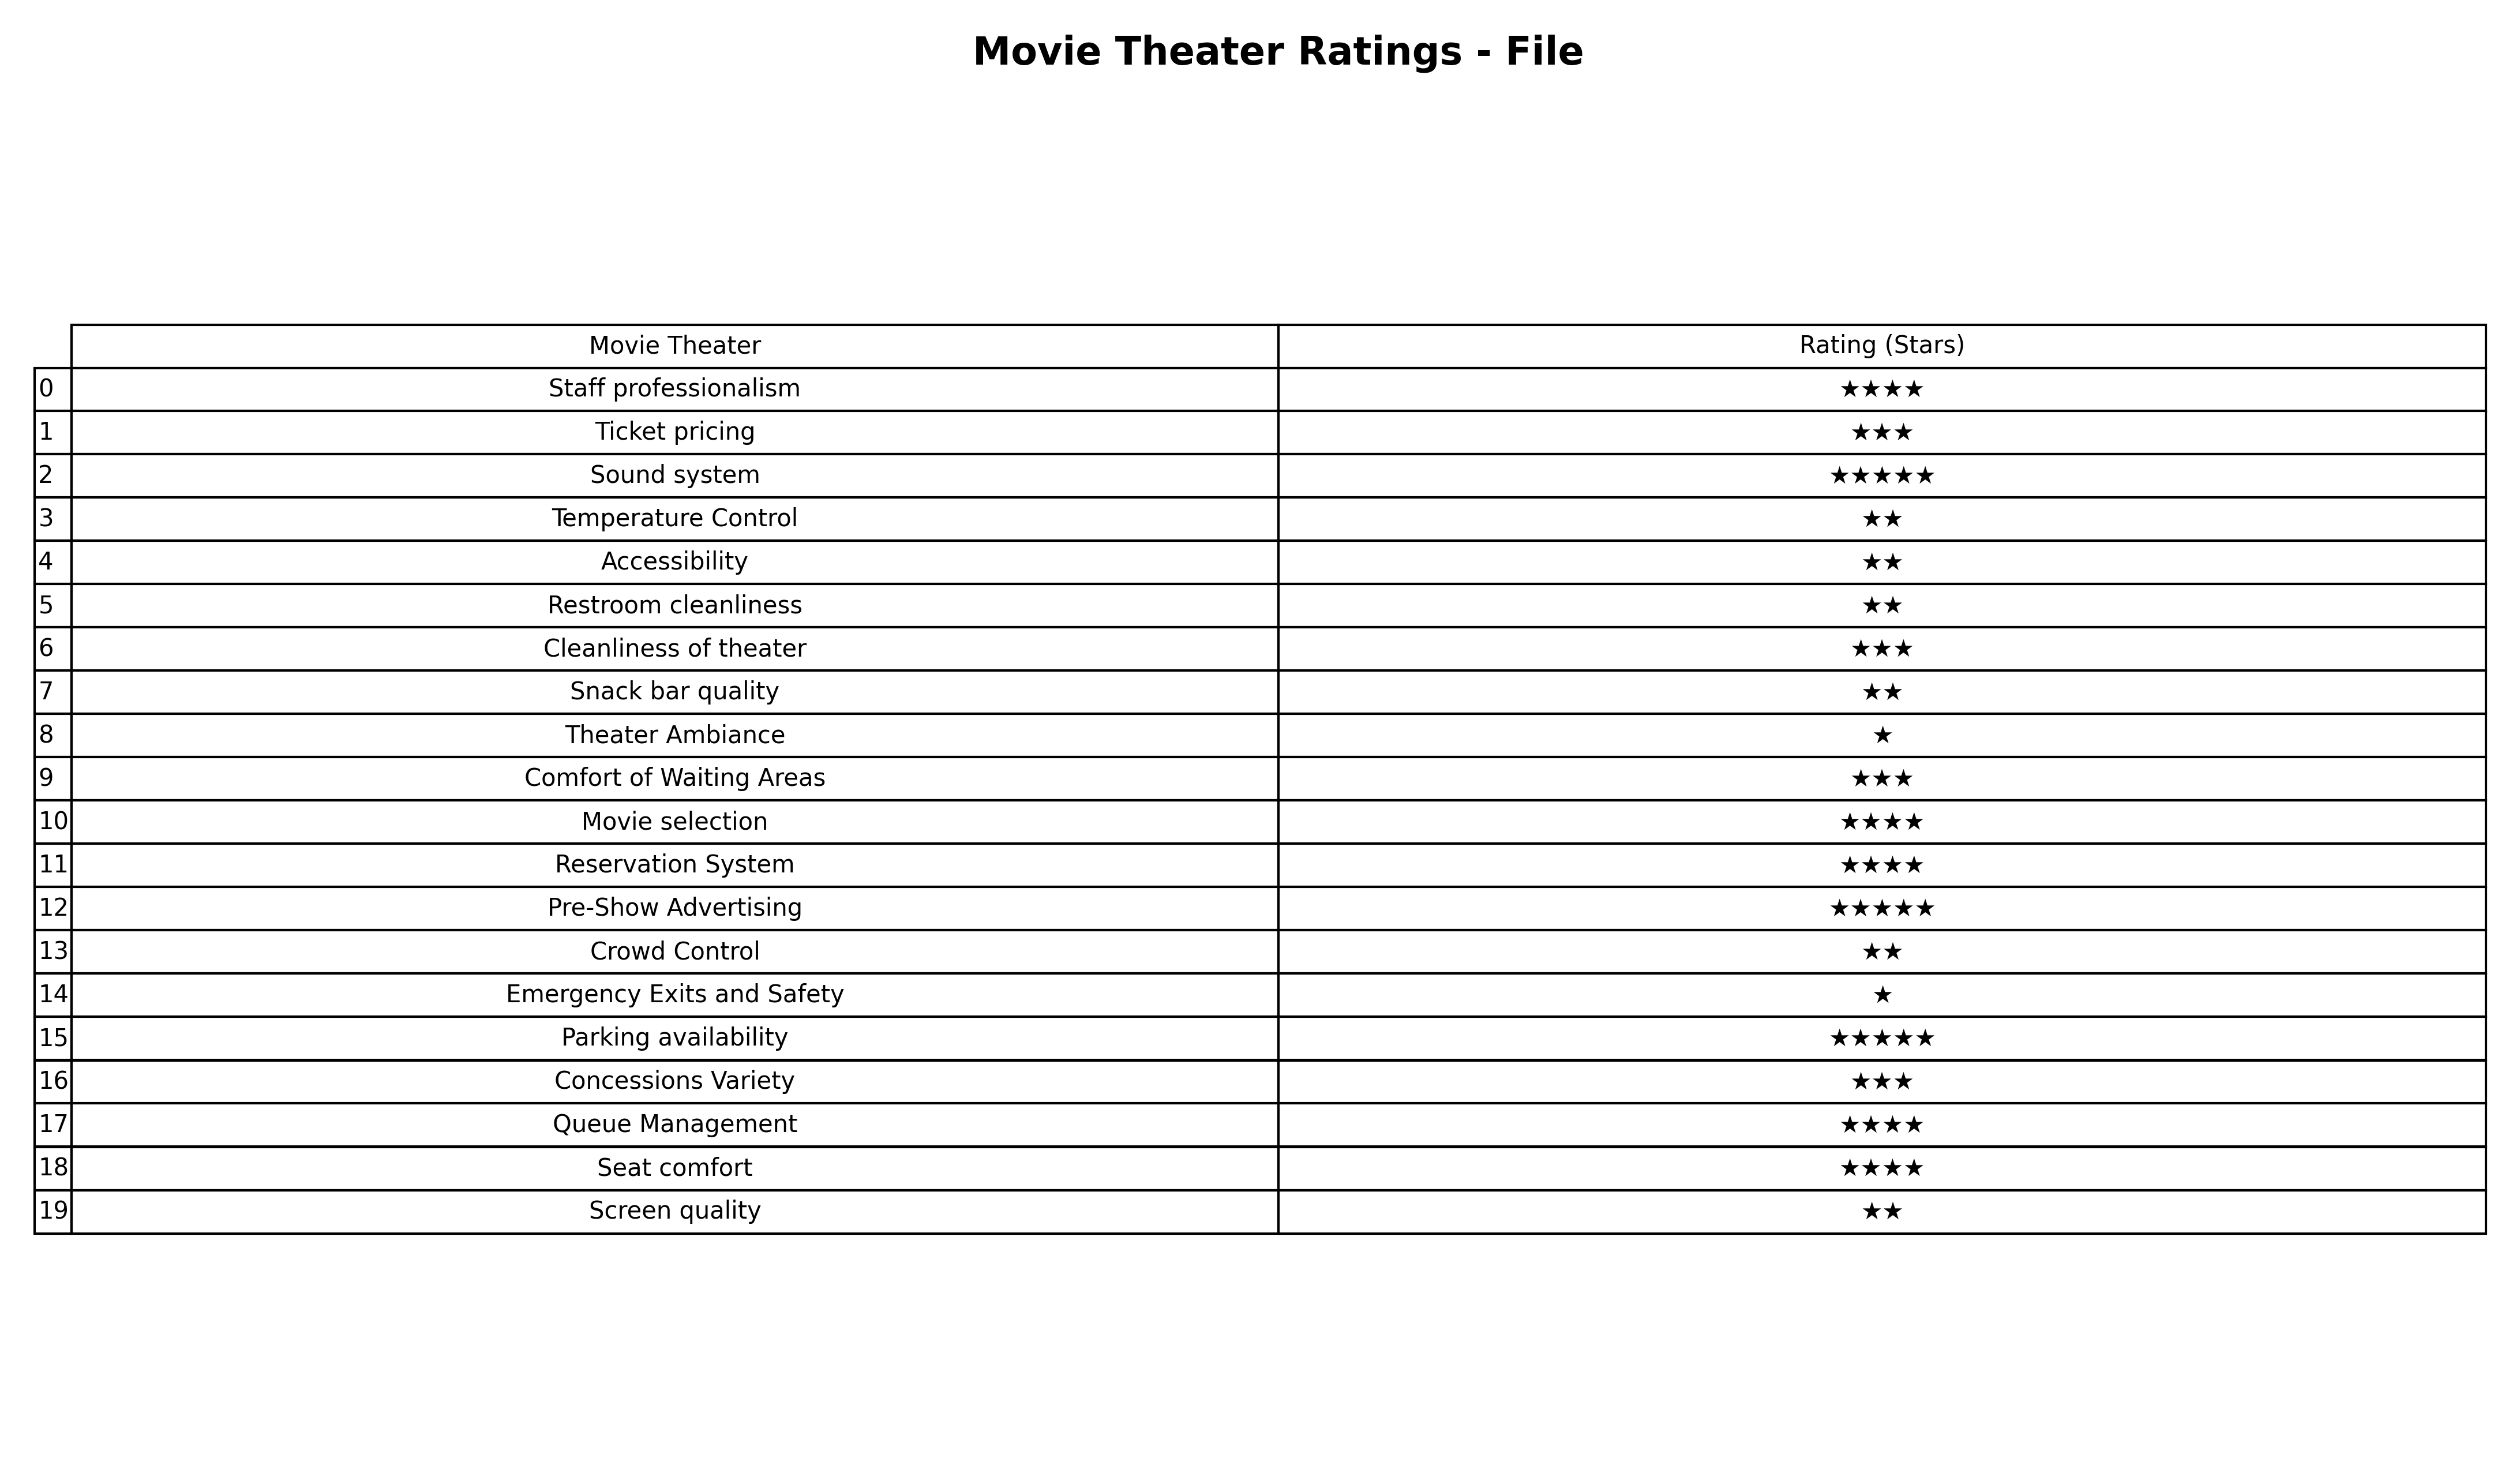
question: Which services are rated average?
answer: Ticket pricingCleanliness of theaterComfort of Waiting AreasConcessions Variety